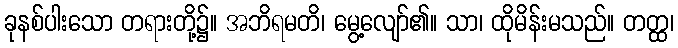
ခုနစ်ပါးသော တရားတို့၌။ အဘိရမတိ၊ မွေ့လျော်၏။ သာ၊ ထိုမိန်းမသည်။ တတ္ထ၊